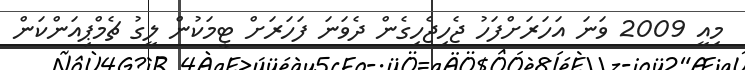
މިއީ 2009 ވަނަ އަހަރަށްފަހު ޖެހިޖެހިގެން ދެވަނަ ފަހަރަށް ޓީމަކުން ލީގު ޗެމްޕިއަންކަން